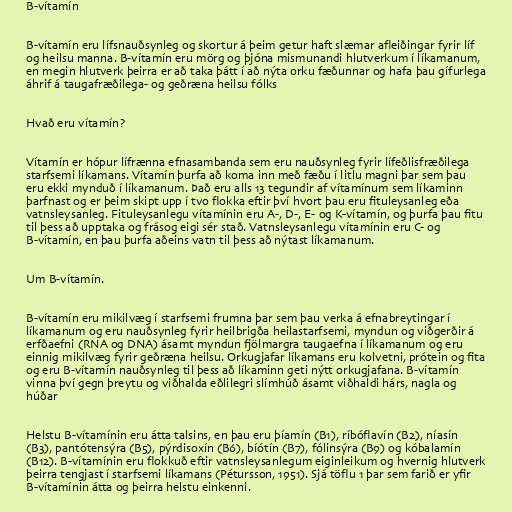
B-vítamín

B-vítamín eru lífsnauðsynleg og skortur á þeim getur haft slæmar afleiðingar fyrir líf
og heilsu manna. B-vítamín eru mörg og þjóna mismunandi hlutverkum í líkamanum,
en megin hlutverk þeirra er að taka þátt í að nýta orku fæðunnar og hafa þau gífurlega
áhrif á taugafræðilega- og geðræna heilsu fólks

Hvað eru vítamín?

Vítamín er hópur lífrænna efnasambanda sem eru nauðsynleg fyrir lífeðlisfræðilega
starfsemi líkamans. Vítamín þurfa að koma inn með fæðu í litlu magni þar sem þau
eru ekki mynduð í líkamanum. Það eru alls 13 tegundir af vítamínum sem líkaminn
þarfnast og er þeim skipt upp í tvo flokka eftir því hvort þau eru fituleysanleg eða
vatnsleysanleg. Fituleysanlegu vítamínin eru A-, D-, E- og K-vítamín, og þurfa þau fitu
til þess að upptaka og frásog eigi sér stað. Vatnsleysanlegu vítamínin eru C- og
B-vítamín, en þau þurfa aðeins vatn til þess að nýtast líkamanum.

Um B-vítamín.

B-vítamín eru mikilvæg í starfsemi frumna þar sem þau verka á efnabreytingar í
líkamanum og eru nauðsynleg fyrir heilbrigða heilastarfsemi, myndun og viðgerðir á
erfðaefni (RNA og DNA) ásamt myndun fjölmargra taugaefna í líkamanum og eru
einnig mikilvæg fyrir geðræna heilsu. Orkugjafar líkamans eru kolvetni, prótein og fita
og eru B-vítamín nauðsynleg til þess að líkaminn geti nýtt orkugjafana. B-vítamín
vinna því gegn þreytu og viðhalda eðlilegri slímhúð ásamt viðhaldi hárs, nagla og
húðar

Helstu B-vítamínin eru átta talsins, en þau eru þíamín (B1), ríbóflavín (B2), níasín
(B3), pantótensýra (B5), pýrdisoxín (B6), bíótín (B7), fólinsýra (B9) og kóbalamín
(B12). B-vítamínin eru flokkuð eftir vatnsleysanlegum eiginleikum og hvernig hlutverk
þeirra tengjast í starfsemi líkamans (Pétursson, 1951). Sjá töflu 1 þar sem farið er yfir
B-vítamínin átta og þeirra helstu einkenni.